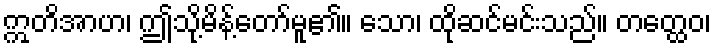
ဣတိအာဟ၊ ဤသို့မိန့်တော်မူ၏။ သော၊ ထိုဆင်မင်းသည်။ တတ္ထေဝ၊